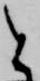
と